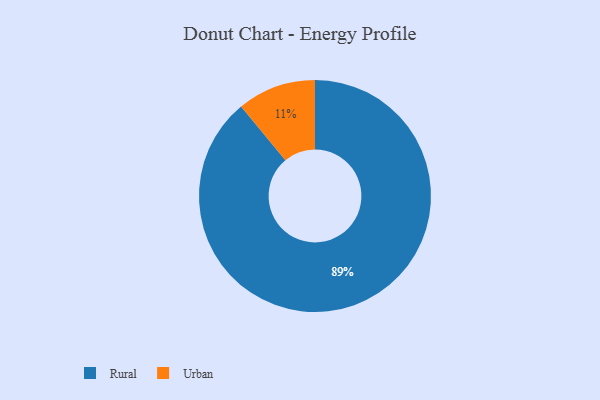
{"axis": {"x": "Category", "y": "Percentage"}, "legend": ["Rural", "Urban"], "data": [{"x": "Rural", "y": 89, "type": "Rural"}, {"x": "Urban", "y": 11, "type": "Urban"}]}